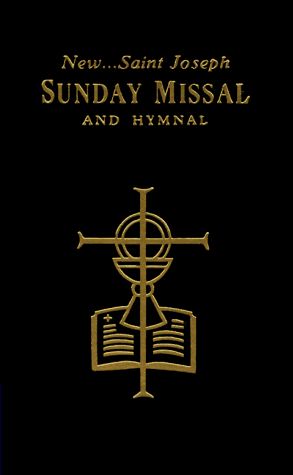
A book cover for New Saint Joseph Sunday Missal and Hymnal; Catholic Book Publishing Co; Christian Books & Bibles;